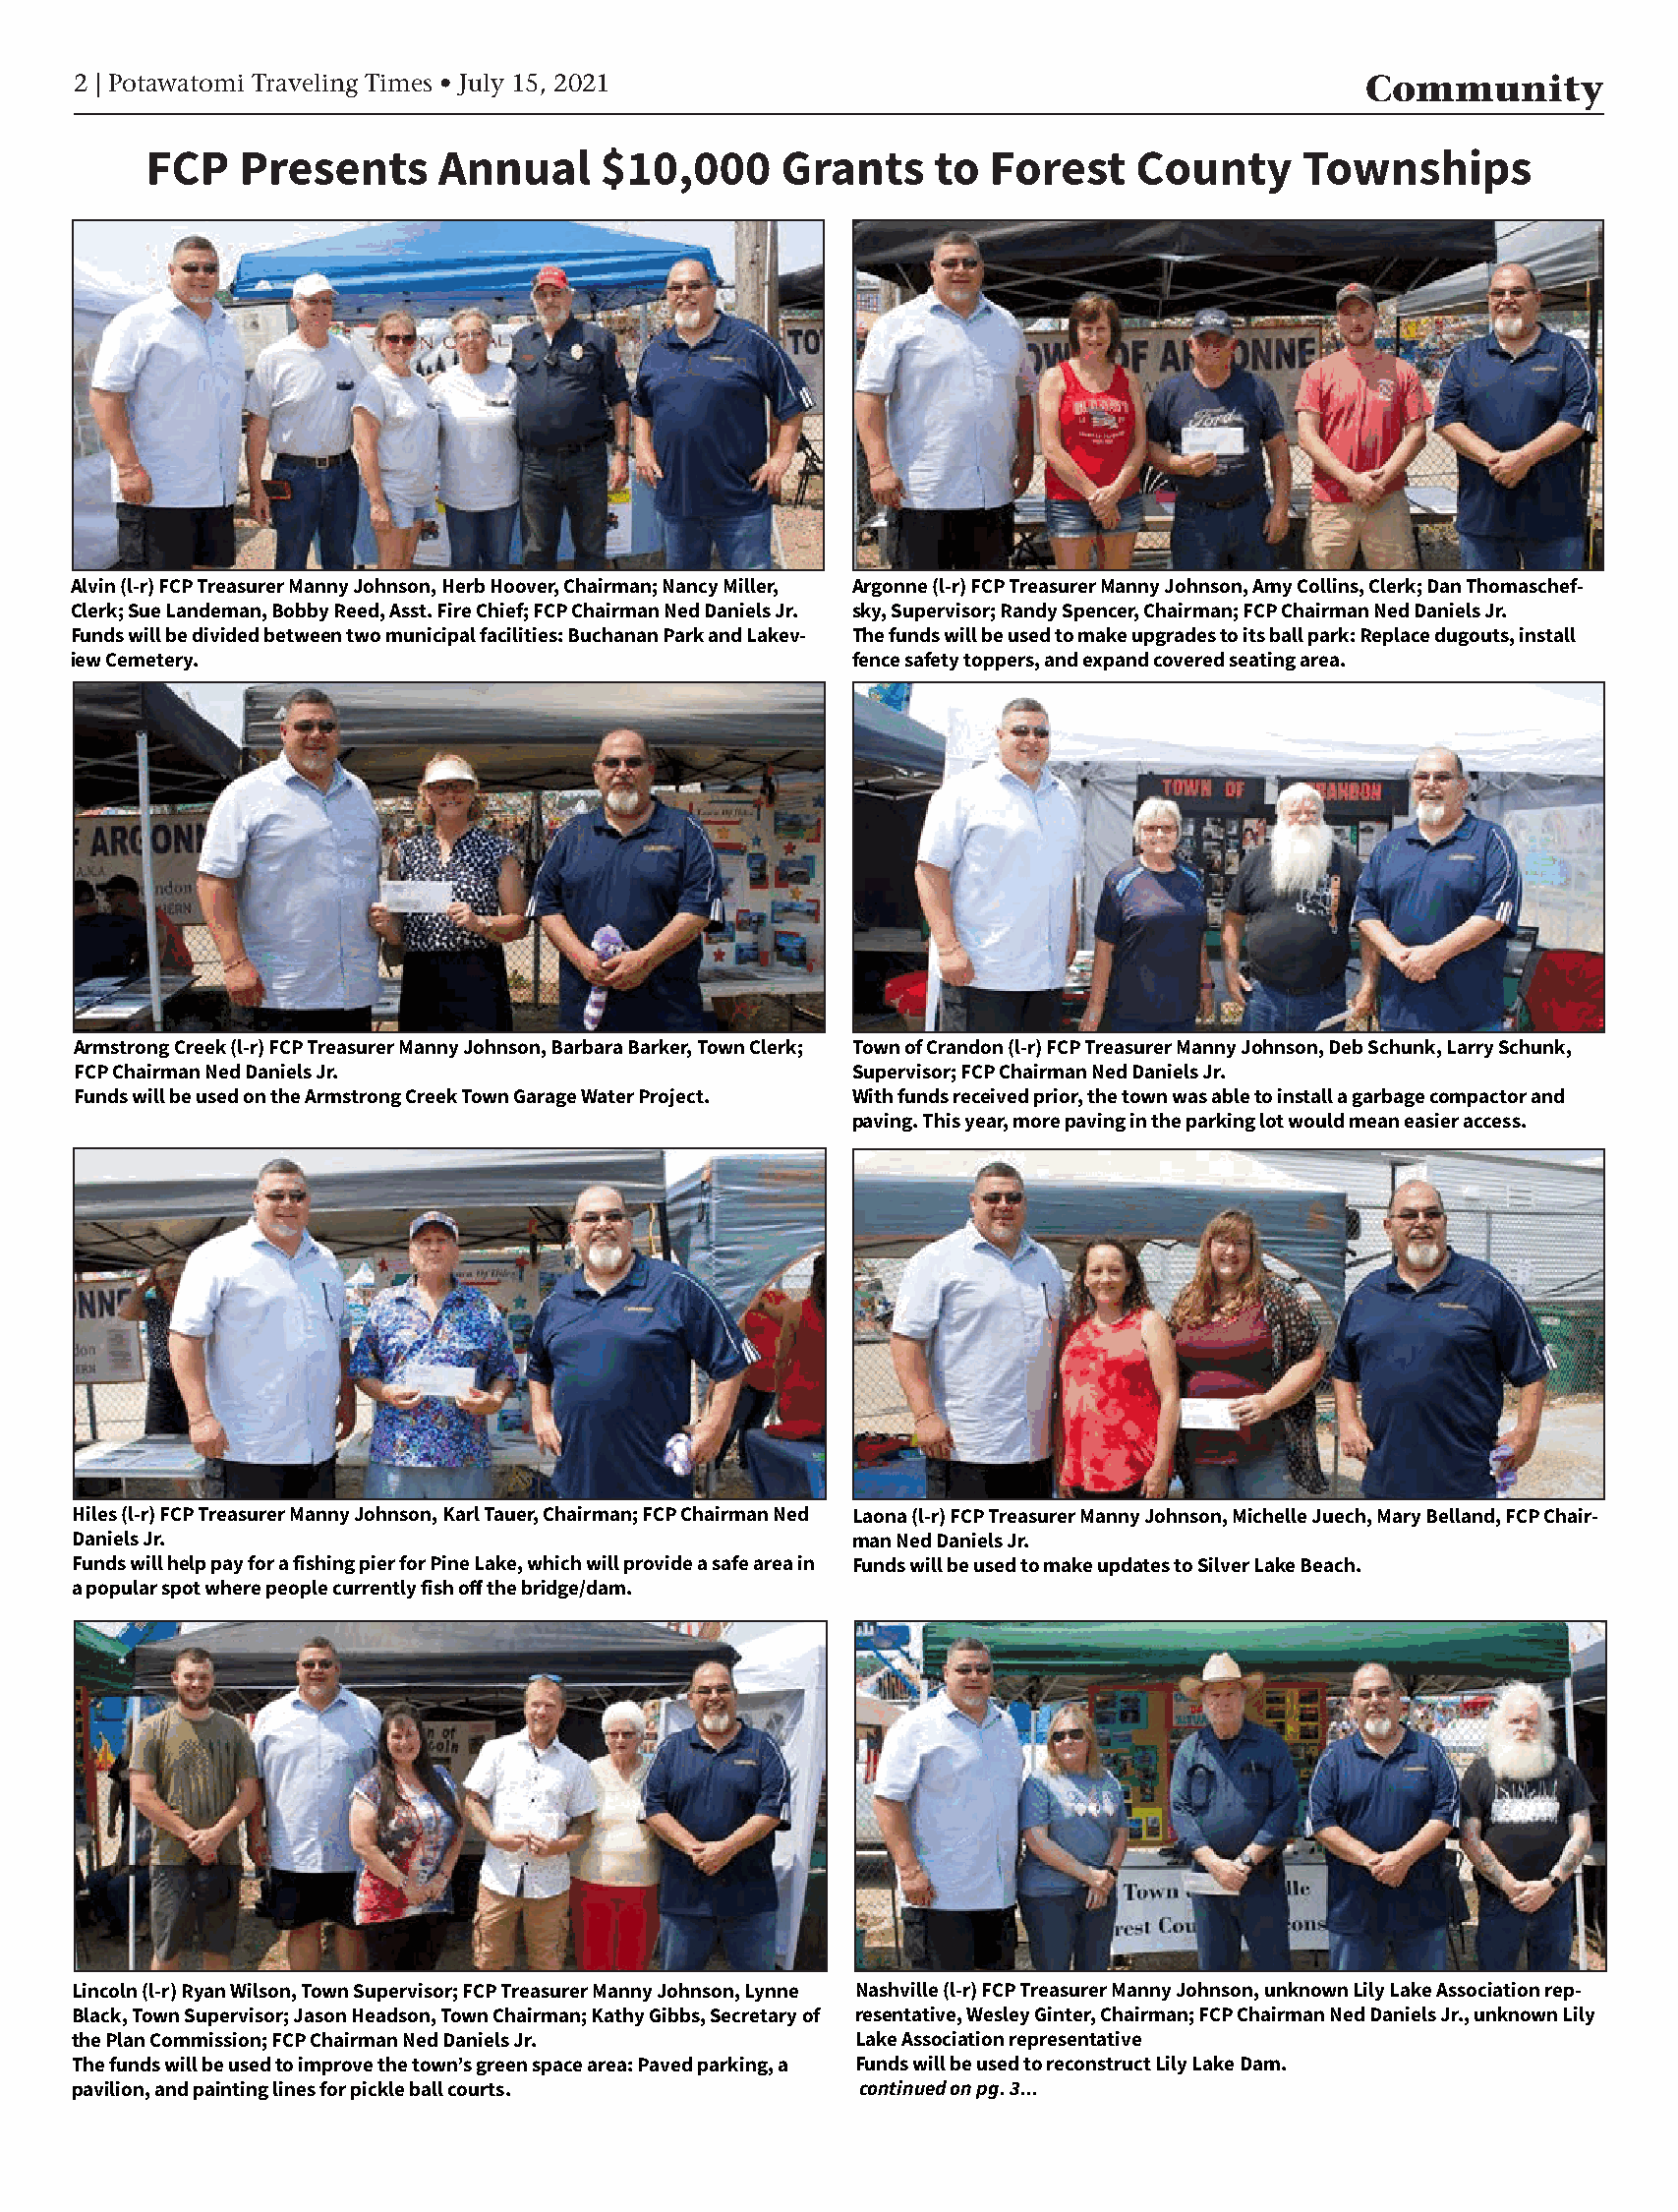
2 | Potawatomi Traveling Times • July 15, 2021                                         Community
 FCP   Presents      Annual    $10,000      Grants    to  Forest   County      Townships
 Alvin (l-r) FCP Treasurer Manny Johnson, Herb Hoover, Chairman; Nancy Miller, Argonne (l-r) FCP Treasurer Manny Johnson, Amy Collins, Clerk; Dan Thomaschef-
 Clerk; Sue Landeman, Bobby Reed, Asst. Fire Chief; FCP Chairman Ned Daniels Jr. sky, Supervisor; Randy Spencer, Chairman; FCP Chairman Ned Daniels Jr.
 Funds will be divided between two municipal facilities: Buchanan Park and Lakev- The funds will be used to make upgrades to its ball park: Replace dugouts, install
 iew Cemetery.                                       fence safety toppers, and expand covered seating area.
 Armstrong Creek (l-r) FCP Treasurer Manny Johnson, Barbara Barker, Town Clerk; Town of Crandon (l-r) FCP Treasurer Manny Johnson, Deb Schunk, Larry Schunk,
 FCP Chairman Ned Daniels Jr.                        Supervisor; FCP Chairman Ned Daniels Jr.
 Funds will be used on the Armstrong Creek Town Garage Water Project. With funds received prior, the town was able to install a garbage compactor and
 paving. This year, more paving in the parking lot would mean easier access.
 Hiles (l-r) FCP Treasurer Manny Johnson, Karl Tauer, Chairman; FCP Chairman Ned Laona (l-r) FCP Treasurer Manny Johnson, Michelle Juech, Mary Belland, FCP Chair-
 Daniels Jr.                                         man Ned Daniels Jr.
 Funds will help pay for a fishing pier for Pine Lake, which will provide a safe area in Funds will be used to make updates to Silver Lake Beach.
 a popular spot where people currently fish off the bridge/dam.
 Lincoln (l-r) Ryan Wilson, Town Supervisor; FCP Treasurer Manny Johnson, Lynne Nashville (l-r) FCP Treasurer Manny Johnson, unknown Lily Lake Association rep-
 Black, Town Supervisor; Jason Headson, Town Chairman; Kathy Gibbs, Secretary of resentative, Wesley Ginter, Chairman; FCP Chairman Ned Daniels Jr., unknown Lily
 the Plan Commission; FCP Chairman Ned Daniels Jr.    Lake Association representative
 The funds will be used to improve the town’s green space area: Paved parking, a Funds will be used to reconstruct Lily Lake Dam.
 pavilion, and painting lines for pickle ball courts. continued on pg. 3...